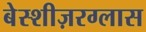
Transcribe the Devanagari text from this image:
बेस्शीज़रग्लास